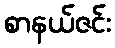
စာနယ်ဇင်း